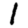
Digit: 1